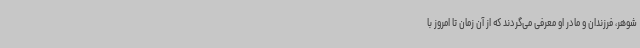
شوهر، فرزندان و مادر او معرفی می‌گردند که از آن زمان تا امروز با